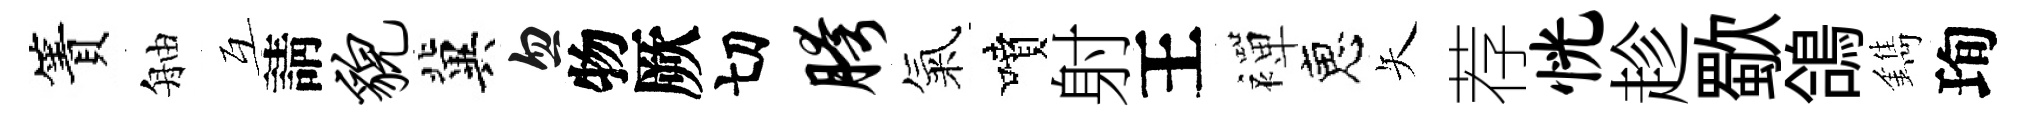
簀舳互請貌冀忽物厥切胯氣噴射王襌恵矢荐恍趁歜鴿鐫珣